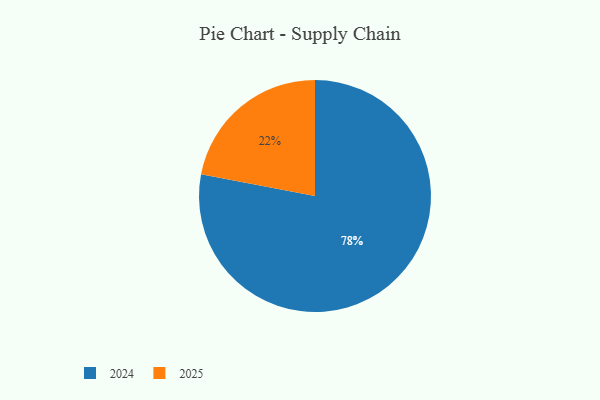
{"axis": {"x": "Category", "y": "Percentage"}, "legend": ["2024", "2025"], "data": [{"x": "2025", "y": 22, "type": "2025"}, {"x": "2024", "y": 78, "type": "2024"}]}